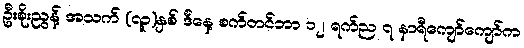
ဦးစိုးညွန့် အသက် (၇၃)နှစ် ဒီနေ့ စက်တင်ဘာ ၁၂ ရက်ည ၇ နာရီကျော်ကျော်က